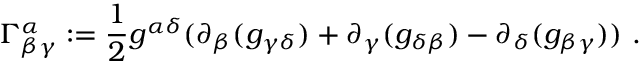
\Gamma _ { \beta \gamma } ^ { \alpha } : = \frac { 1 } { 2 } g ^ { \alpha \delta } ( \partial _ { \beta } ( g _ { \gamma \delta } ) + \partial _ { \gamma } ( g _ { \delta \beta } ) - \partial _ { \delta } ( g _ { \beta \gamma } ) ) \ .